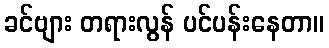
ခင်ဗျား တရားလွန် ပင်ပန်းနေတာ။